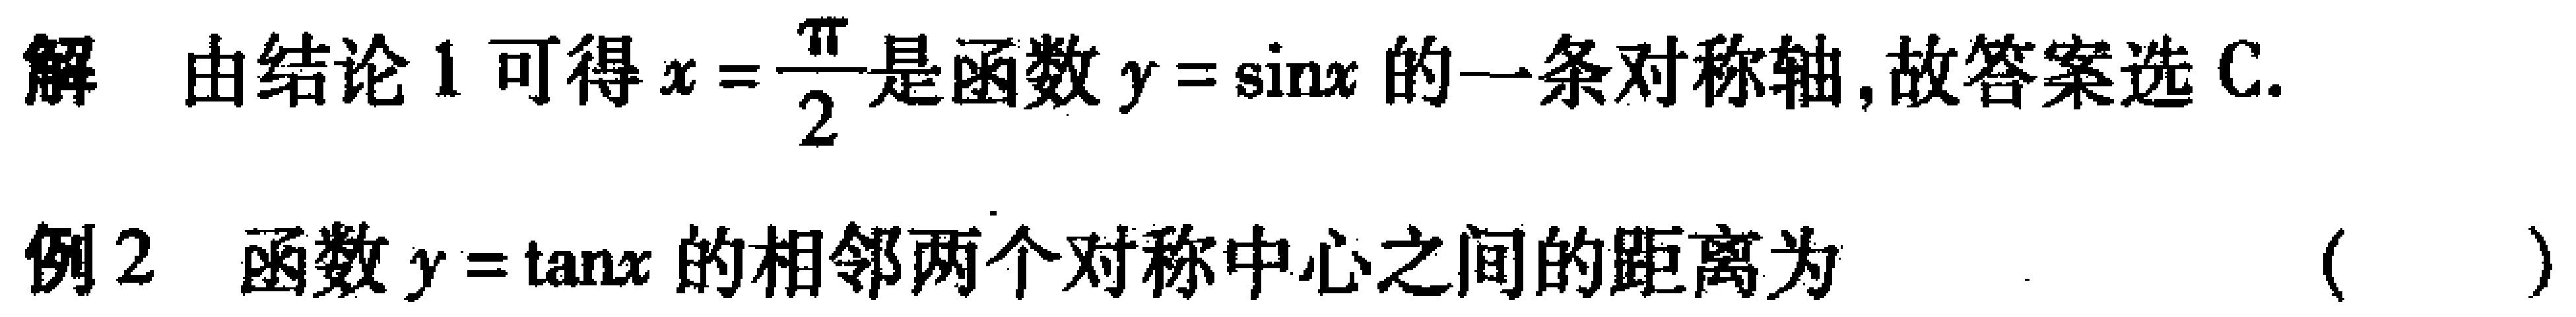
解 由结论 1 可得\(x = \frac{\pi}{2}\)是函数\(y = \sin x\)的一条对称轴,故答案选 C.

例 2 函数\(y = \tan x\)的相邻两个对称中心之间的距离为（  ）